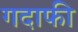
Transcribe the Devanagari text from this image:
गदाफी